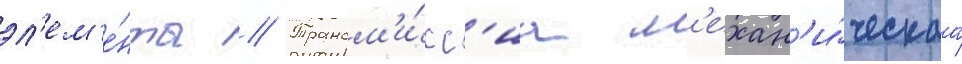
эл'ем'е́нты // Трансм'и́сс'иа м'ехан'и́ческаа